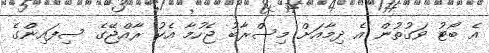
އެ ބޯޓު ވަގުތުން އެ ދިމާއަށް މިސްރާބު ޖެހުމާ އެކު ރާއްޖޭގެ ސިފައިންގެ